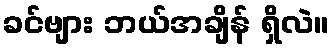
ခင်ဗျား ဘယ်အချိန် ရှိလဲ။